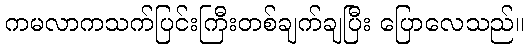
ကမလာကသက်ပြင်းကြီးတစ်ချက်ချပြီး ပြောလေသည်။